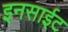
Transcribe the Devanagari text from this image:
इनसाईट